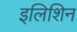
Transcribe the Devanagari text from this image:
इलिशिन